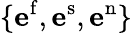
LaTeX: \{ \mathbf{e}^{\mathrm{{f}}},\mathbf{e}^{\mathrm{{s}}},\mathbf{e}^{\mathrm{{n}}}\}